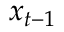
x _ { t - 1 }